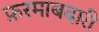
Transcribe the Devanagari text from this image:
फ़रमाबदारी